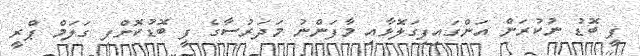
ފީ ބޮޑު ނުކުރަން އަންގައިފިގަލޮޅާއި މާފަންނު މަދަރުސާގެ ފީ ބޮޑުކޮށްފި ގަލަމް ޕްރީ